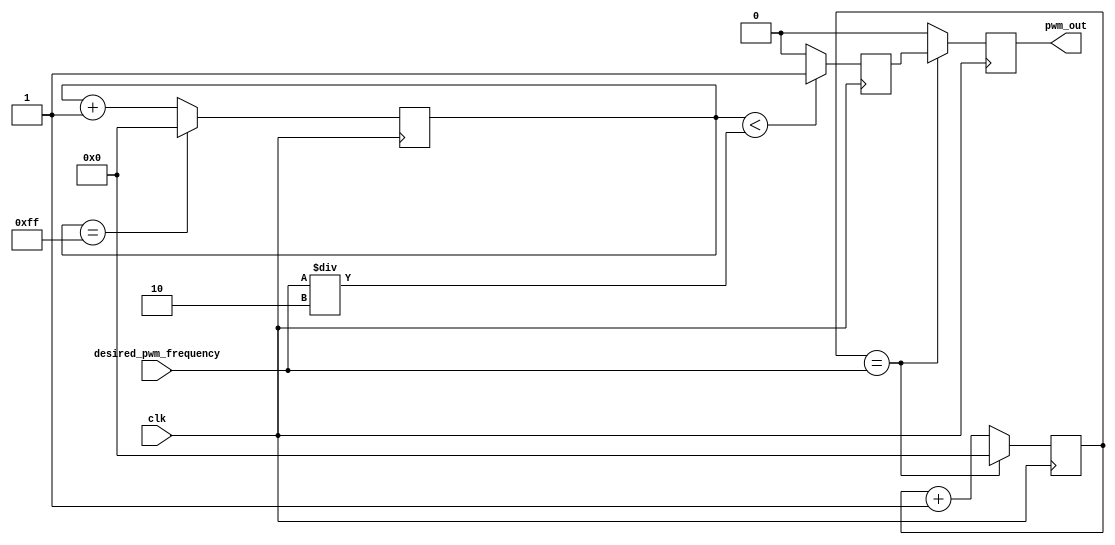
module PWM_PulseGenerator (
    input wire clk,
    input wire [7:0] desired_pwm_frequency,
    output reg pwm_out
);

reg [7:0] counter;
reg [7:0] pwm_width;
reg sync_logic;

always @(posedge clk) begin
    // Clock divider to scale the clock frequency to desired PWM frequency
    if (counter == desired_pwm_frequency) begin
        counter <= 0;
        pwm_out <= sync_logic;
    end else begin
        counter <= counter + 1;
        pwm_out <= 0;
    end
    
    // Counter to track the pulse width
    if (pwm_width == 8'hFF) begin
        pwm_width <= 0;
    end else begin
        pwm_width <= pwm_width + 1;
    end
    
    // Comparator to control duty cycle of PWM signal
    if (pwm_width < desired_pwm_frequency / 2) begin
        sync_logic <= 1;
    end else begin
        sync_logic <= 0;
    end
end

endmodule